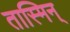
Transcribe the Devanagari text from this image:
तास्मिन्